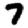
Digit: 7